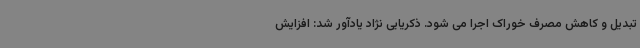
تبدیل و کاهش مصرف خوراک اجرا می شود. ذکریایی نژاد یادآور شد: افزایش